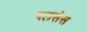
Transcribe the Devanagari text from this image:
पलसेस